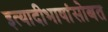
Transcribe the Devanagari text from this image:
इत्यादीभाषांसोबत